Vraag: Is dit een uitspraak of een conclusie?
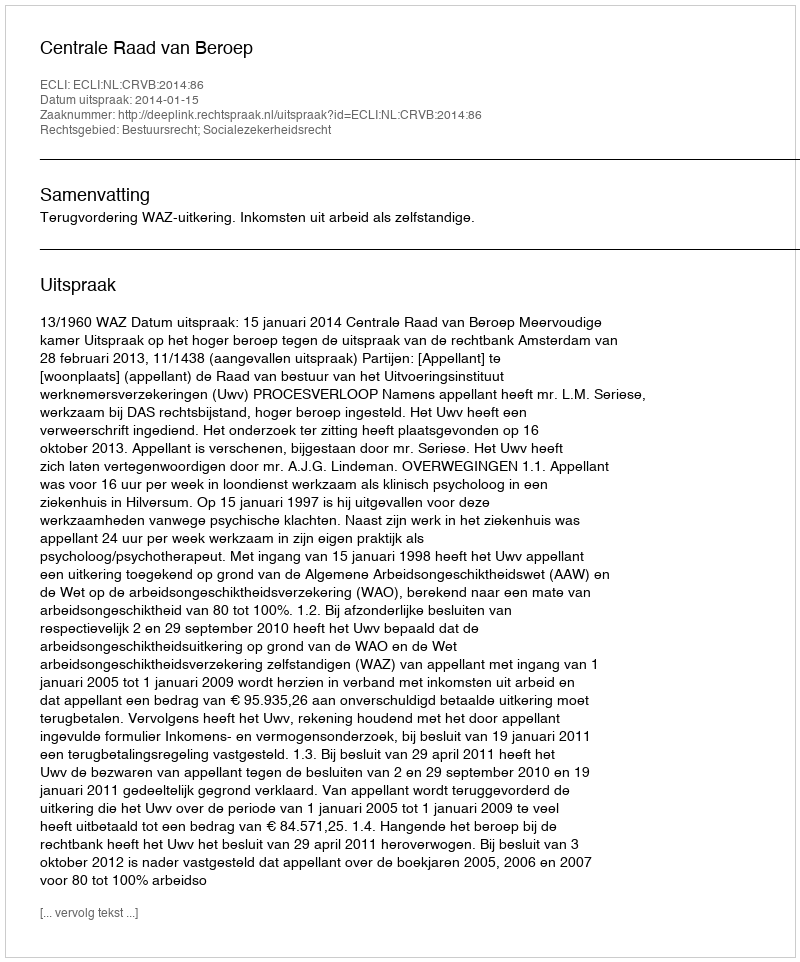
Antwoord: Uitspraak